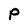
Character: P